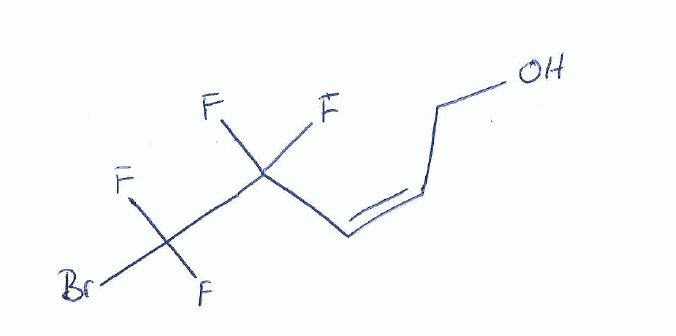
Simplified molecular-input line-entry system (SMILES) notation of the given molecule:
C(/C=C\C(C(F)(F)Br)(F)F)O